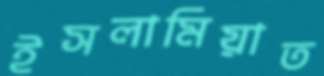
ইসলামিয়াত